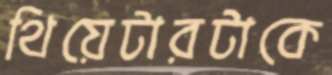
থিয়েটারটাকে